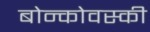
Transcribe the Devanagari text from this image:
बोन्कोवस्की